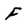
Character: F